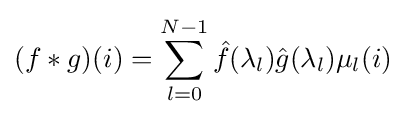
(f*g)(i)=\sum _{l=0}^{N-1}{\hat {f}}(\lambda _{l}){\hat {g}}(\lambda _{l})\mu _{l}(i)